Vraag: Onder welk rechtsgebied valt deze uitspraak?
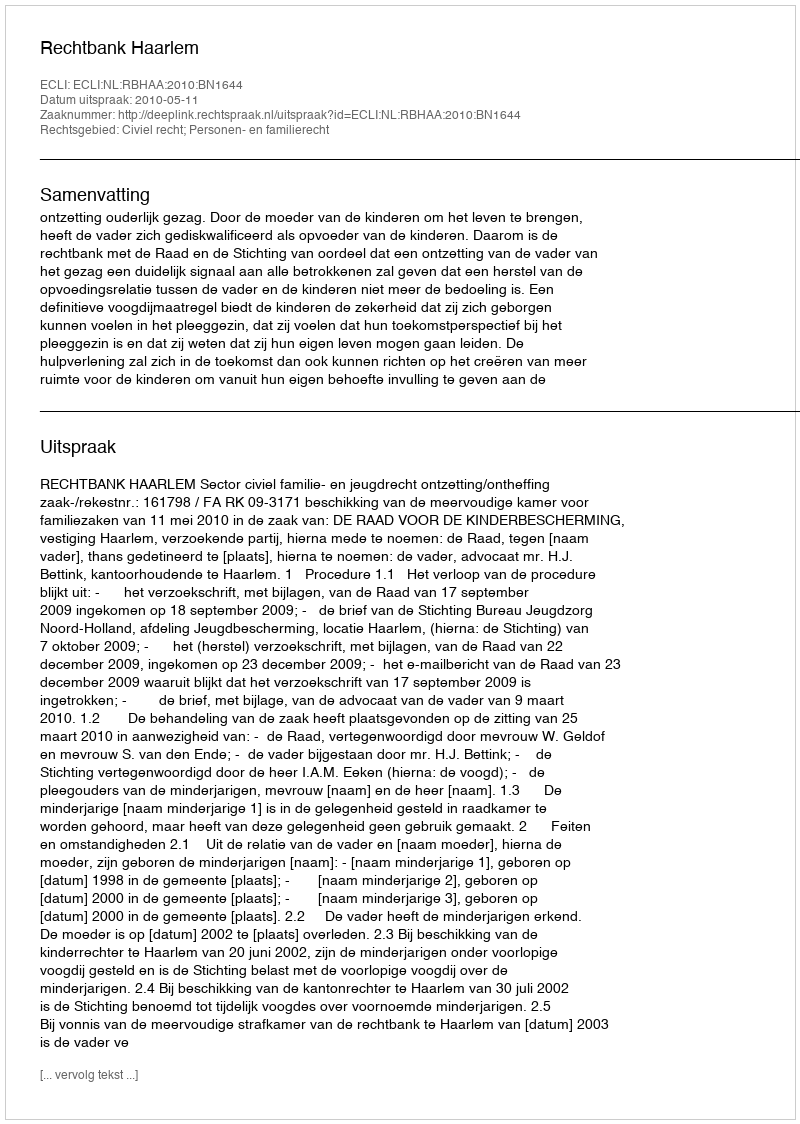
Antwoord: Civiel recht; Personen- en familierecht